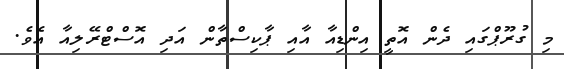
މި ގުރޫޕްގައި ދެން އޮތީ އިންޑިއާ އާއި ޕާކިސްތާން އަދި އޮސްޓްރޭލިއާ އެވެ.